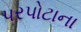
પરપોટાના